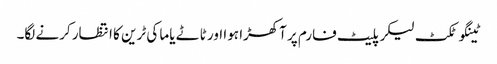
ٹینگو ٹکٹ لیکر پلیٹ فارم پر آکھڑا ہوا اور ٹاٹے یاما کی ٹرین کا انتظار کرنے لگا۔